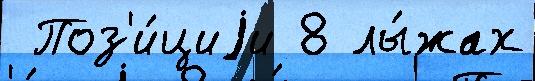
 Поз'и́циjи 8 лы́жах